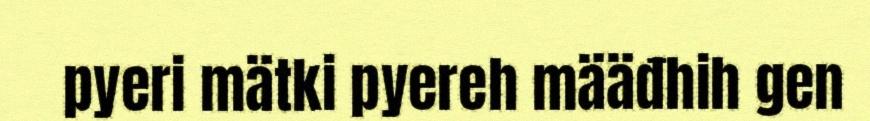
pyeri mätki pyereh määđhih gen